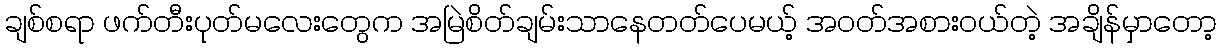
ချစ်စရာ ဖက်တီးပုတ်မလေးတွေက အမြဲစိတ်ချမ်းသာနေတတ်ပေမယ့် အဝတ်အစားဝယ်တဲ့ အချိန်မှာတော့